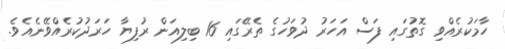
ހާމަކުރެއްވި ގޮތުގައި ފަސް އަހަރު ދުވަހުގެ ތެރޭގައި 16 ބިލިއަން ރުފިޔާ ހަރަދުކުރެއްވޭނެއެވެ.